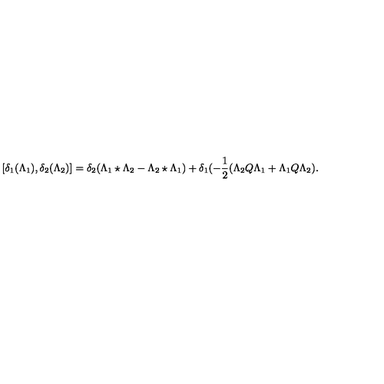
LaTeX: [ \delta _ { 1 } ( \Lambda _ { 1 } ) , \delta _ { 2 } ( \Lambda _ { 2 } ) ] = \delta _ { 2 } ( \Lambda _ { 1 } \star \Lambda _ { 2 } - \Lambda _ { 2 } \star \Lambda _ { 1 } ) + \delta _ { 1 } ( - \frac { 1 } { 2 } ( \Lambda _ { 2 } Q \Lambda _ { 1 } + \Lambda _ { 1 } Q \Lambda _ { 2 } ) .